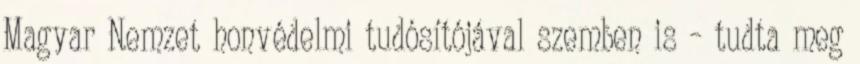
Magyar Nemzet honvédelmi tudósítójával szemben is – tudta meg